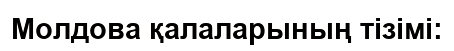
Молдова қалаларының тізімі: